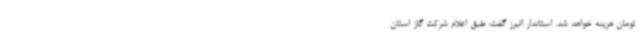
تومان هزینه خواهد شد. استاندار البرز گفت: طبق اعلام شرکت گاز استان